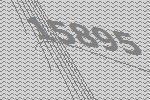
15895